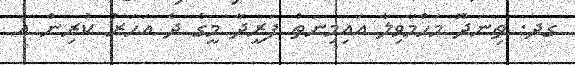
ގދ. ތިނަދޫ މަހްމާވިލާ އައިމިނަތު ފަރީދާ މީގެ ދެ އަހަރު ކުރިން އެ